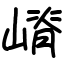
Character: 嵴